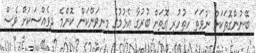
ބޭނުންގޮތަކަށް ނުވަތަ ހިތުހުރި ގޮތަށް ބުރުގާ އެޅުމުގެ މިނިވަންކަން ކޮންމެ ދިވެއްސަކަށް ވެސް